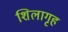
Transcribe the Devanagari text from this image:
शिलागृह